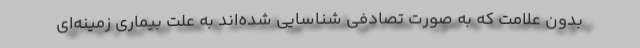
بدون علامت که به صورت تصادفی شناسایی شده‌اند به علت بیماری زمینه‌ای